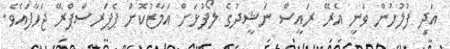
އަދި ފުލުހުން ވަނީ އެރޭ ރައީސް ނަޝީދުގެ ލޯފުޅަށް އަމާޒުކޮށް ޕެޕަރސްޕްރޭ ޖަހާފައެވެ.